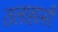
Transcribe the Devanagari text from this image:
तलाहासी